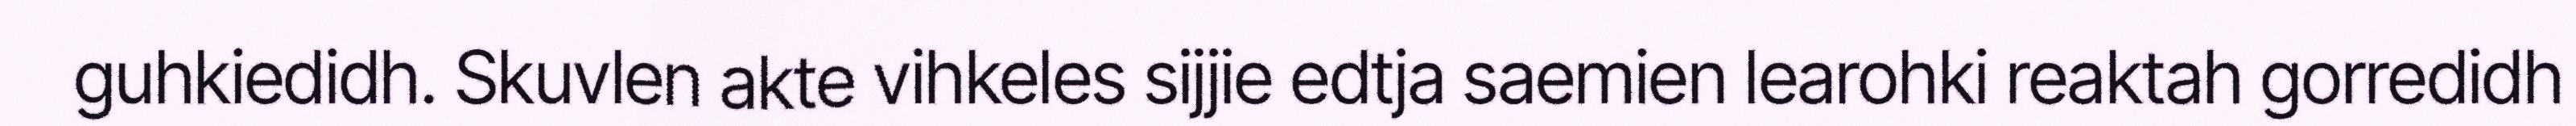
guhkiedidh. Skuvlen akte vihkeles sijjie edtja saemien learohki reaktah gorredidh